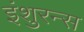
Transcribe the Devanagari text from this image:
इंशुरन्स